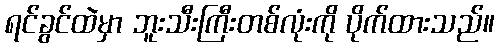
ရင်ခွင်ထဲမှာ ဘူးသီးကြီးတစ်လုံးကို ပိုက်ထားသည်။